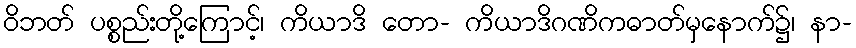
ဝိဘတ် ပစ္စည်းတို့ကြောင့်၊ ကိယာဒိ တော- ကိယာဒိဂဏိကဓာတ်မှနောက်၌၊ နာ-